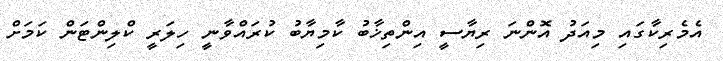
އެމެރިކާގައި މިއަދު އޮންނަ ރިޔާސީ އިންތިޚާބު ކާމިޔާބު ކުރައްވާނީ ހިލަރީ ކްލިންޓަން ކަމަށް